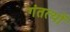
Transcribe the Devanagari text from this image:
गंतत्‍यों